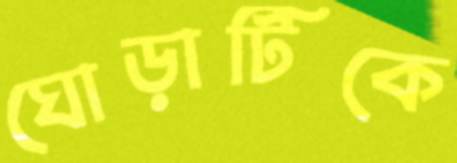
ঘোড়াটিকে